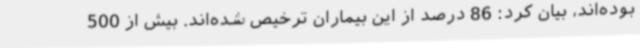
بوده‌اند، بیان کرد: 86 درصد از این بیماران ترخیص شده‌اند. بیش از 500